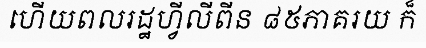
ហើយពលរដ្ឋហ្វីលីពីន ៨៥ភាគរយ ក៏